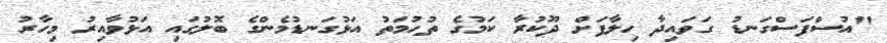
"އުސްފަސްގަނޑު ގަވައިދާ ހިލާފަށް ދޫކުރާ ކަމުގެ ތުހުމަތު އަޅުގަނޑުމެންގެ ބޮލުގައި އަޅުވާއިރު މިހާރު